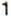
1